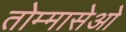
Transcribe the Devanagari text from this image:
तोम्मासेओ